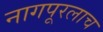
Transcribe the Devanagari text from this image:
नागपूरलाच